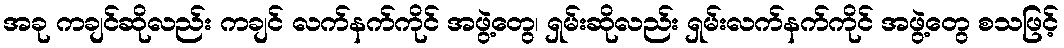
အခု ကချင်ဆိုလည်း ကချင် လက်နက်ကိုင် အဖွဲ့တွေ၊ ရှမ်းဆိုလည်း ရှမ်းလက်နက်ကိုင် အဖွဲ့တွေ စသဖြင့်